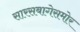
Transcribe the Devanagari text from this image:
सारसबागेसमोर